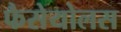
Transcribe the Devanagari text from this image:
फैसेयोलस